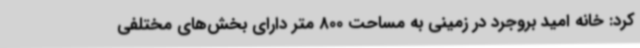
کرد: خانه امید بروجرد در زمینی به مساحت 800 متر دارای بخش‌های مختلفی